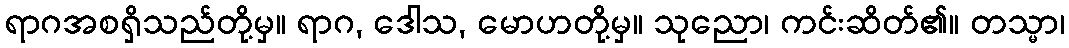
ရာဂအစရှိသည်တို့မှ။ ရာဂ, ဒေါသ, မောဟတို့မှ။ သုညော၊ ကင်းဆိတ်၏။ တသ္မာ၊